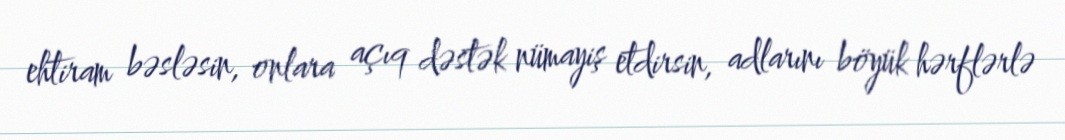
ehtiram bəsləsin, onlara açıq dəstək nümayiş etdirsin, adlarını böyük hərflərlə